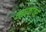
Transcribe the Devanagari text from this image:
साधकांवर